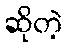
ဆိုတဲ့